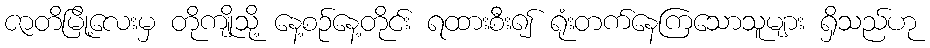
ဇာတိမြို့လေးမှ တိုကျိုသို့ နေ့စဉ်နေ့တိုင်း ရထားစီး၍ ရုံးတက်နေကြသောသူများ ရှိသည်ဟု